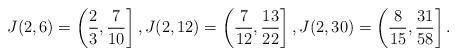
LaTeX: \begin{align*}J(2,6) & = \left( \frac{2}{3},\frac{7}{10} \right] , J(2,12) = \left( \frac{7}{12},\frac{13}{22} \right], J(2,30) = \left( \frac{8}{15},\frac{31}{58} \right]. \end{align*}